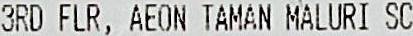
3RD FLR, AEON TAMAN MALURI SC